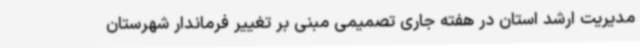
مدیریت ارشد استان در هفته جاری تصمیمی مبنی بر تغییر فرماندار شهرستان